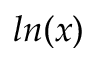
l n ( x )